Leaving Certificate Examination, 1915
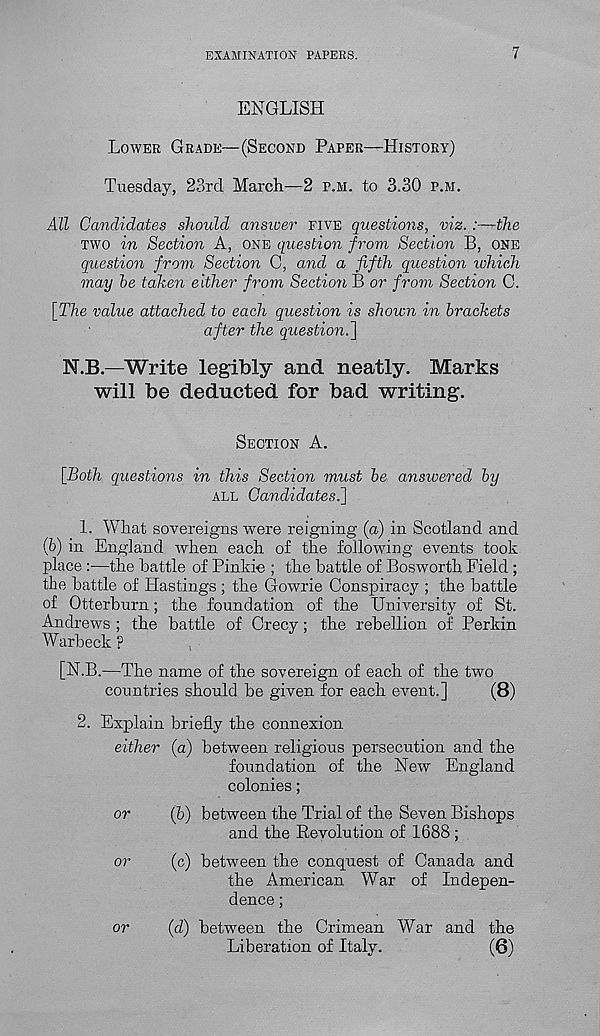
EXAMINATION PAPEES.
7
ENGLISH
LOWER GRADE—(SECOND PAPER—HISTORY)
Tuesday, 23rd March—2 P.H. to 3.30 P.M.
All Candidates should ansiver FIVE questions, viz. :—the
TWO in Section A, ONE question from Section B, ONE
question from Section C, and a fifth question tohich
may be taken either from Section B or from Section C.
[The value attached to each question is shown in brackets
after the questio7i.[\
N.B.—Write legibly and neatly. Marks
will be deducted for bad writing.
SECTION A.
[Both questions in this Section must be answered by
ALL Candidates.^
1. What sovereigns were reigning (a) in Scotland and
(b) in England when each of the following events took
place :•—the battle of Pinkie ; the battle of Bosworth Field ;
the battle of Hastings ; the Gowrie Conspiracy ; the battle
of Otterburn; the foundation of the University of St.
Andrews ; the battle of Crecy; the rebellion of Perkin
Warbeck ?
,
[N.B.—The name of the sovereign of each of the two
countries should be given for each event.]
(8)
2. Explain briefly the connexion
either (a) between religious persecution and the
foundation of the New England
colonies;
or
(b) between the Trial of the Seven Bishops
and the Revolution of 1688 ;
or
(c) between the conquest of Canada and
the American War of Indepen-
dence ;
or
(d) between the Crimean War and the
Liberation of Italy.
(6)